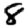
Digit: 8